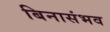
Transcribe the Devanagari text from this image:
बिनासंभव